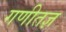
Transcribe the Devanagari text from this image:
गणीतज्ञ